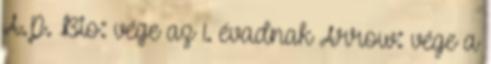
A.P. Bio: vége az 1. évadnak Arrow: vége a